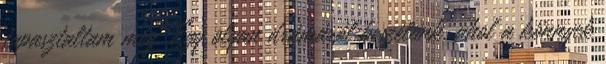
tapasztaltam még. Egy olyan drámáról beszélünk, ahol a könnyek